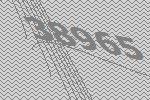
38965